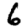
Digit: 6